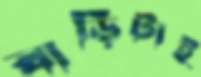
বাড়িটাই